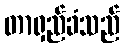
တာရှည်ခံသည်